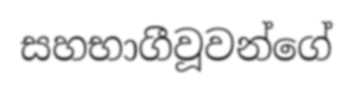
සහභාගීවූවන්ගේ